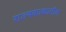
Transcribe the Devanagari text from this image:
राज्यकाळातील